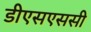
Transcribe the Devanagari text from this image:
डीएसएससी